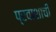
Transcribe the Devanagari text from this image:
प्रवाशाची